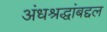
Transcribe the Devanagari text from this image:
अंधश्रद्धांबद्दल